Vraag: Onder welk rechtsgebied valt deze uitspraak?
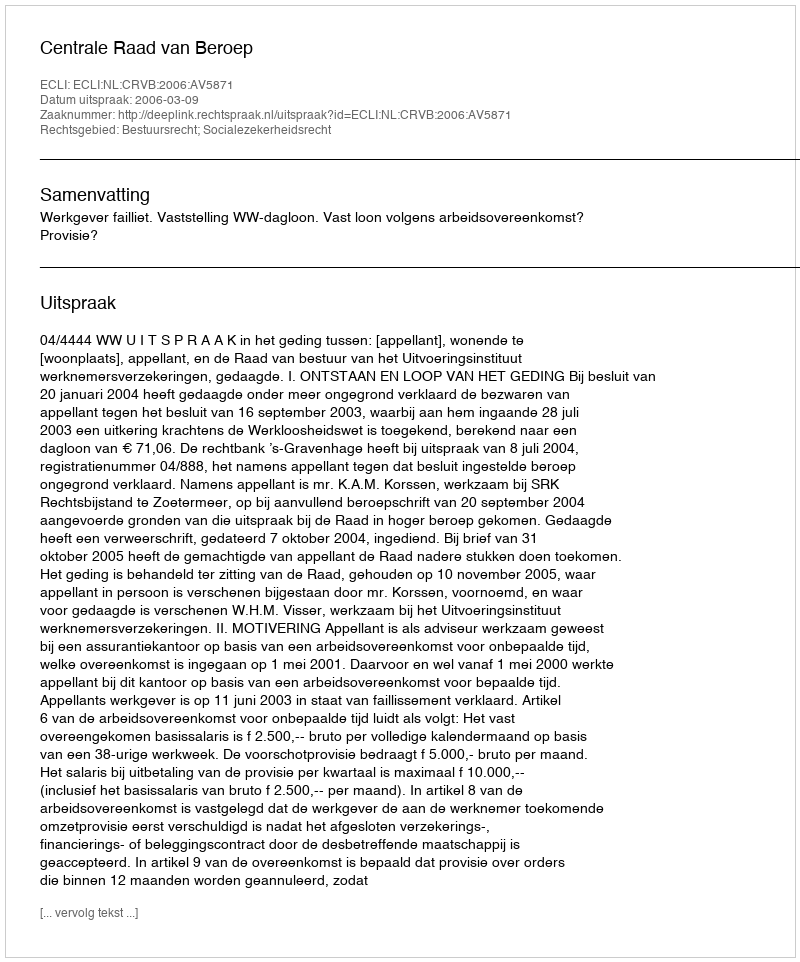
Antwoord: Bestuursrecht; Socialezekerheidsrecht